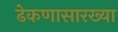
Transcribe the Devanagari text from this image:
ढेकणासारख्या